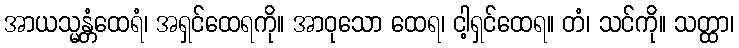
အာယသ္မန္တံထေရံ၊ အရှင်ထေရကို။ အာဝုသော ထေရ၊ ငါ့ရှင်ထေရ။ တံ၊ သင်ကို။ သတ္ထာ၊